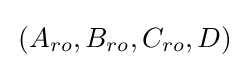
\,(A_{ro},B_{ro},C_{ro},D)